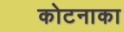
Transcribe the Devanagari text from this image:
कोटनाका